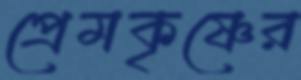
প্রেমকৃষ্ণের